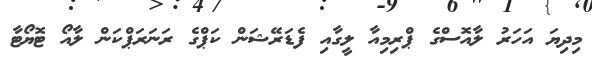
މިދިޔަ އަހަރު ލާއޮސްގެ ޕްރިމިއާ ލީގާއި ފެޑަރޭޝަން ކަޕްގެ ރަނަރަޕްކަން ލާއޯ ޓޮޔޯޓާ